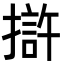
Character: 𭢒